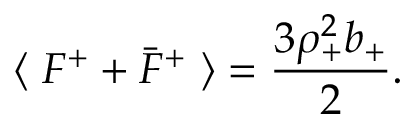
\langle \; F ^ { + } + \bar { F } ^ { + } \; \rangle = { \frac { 3 \rho _ { + } ^ { 2 } b _ { + } } { 2 } } .